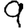
Digit: 9